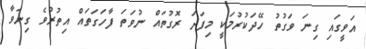
އަވީގައި ގިނަ ވަގުތު ހޭދަކުރުމަކީ މިފަދަ ރޮގުތައް ނުވަތަ ފާހަގަތައް އިތުރުވެ ގިނަވާ